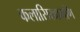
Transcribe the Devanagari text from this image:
कलासिखामणि